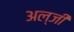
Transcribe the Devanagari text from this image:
अल्जी